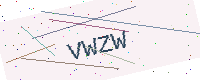
Text: VWZW